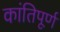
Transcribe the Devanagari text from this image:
कांतिपूर्ण